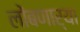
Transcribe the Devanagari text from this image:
लोंबणार्‍या